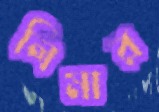
লিমার